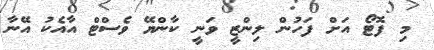
މި ފޮޓޯ އަށް ފަހުން ލިންޒީ ވަނީ ކާންޔޭ ވެސްޓް އާއެކު އޭނާ